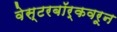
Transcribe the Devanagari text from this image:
वेस्टरबॉर्कवरून